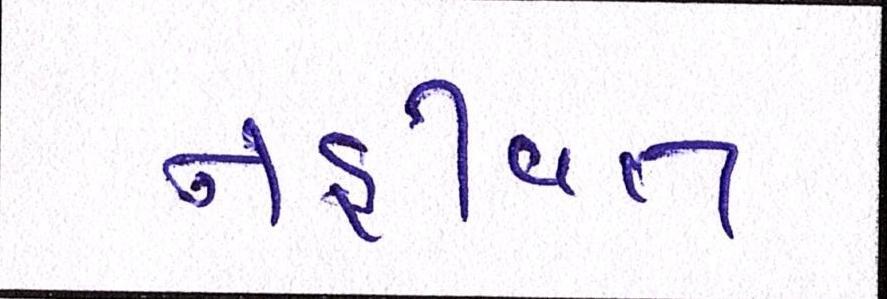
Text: નહીંવત